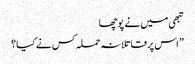
تبھی میں نے پوچھا
” اس پر قاتلانہ حملہ کس نے کیا؟